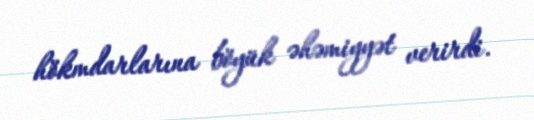
hökmdarlarına böyük əhəmiyyət verirdi.